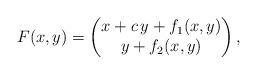
LaTeX: \begin{align*} F(x, y) = \begin{pmatrix}x + c \, y + f_1(x, y)\\y + f_2(x, y)\end{pmatrix},\end{align*}